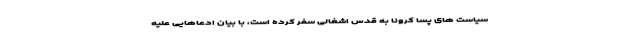
سیاست های پسا کرونا به قدس اشغالی سفر کرده است، با بیان ادعاهایی علیه